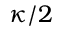
\kappa / 2